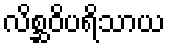
လိစ္ဆဝိပရိသာယ